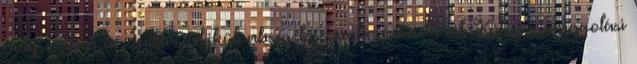
mely esetben a szállítási díjkülönbség kiszámlázásra kerül. Külön csomagolási